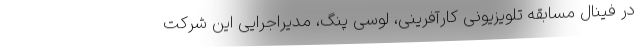
در فینال مسابقه تلویزیونی کارآفرینی، لوسی پنگ، مدیراجرایی این شرکت